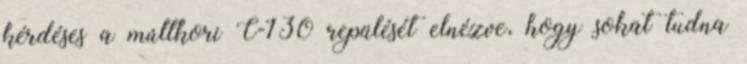
kérdéses a múltkori C-130 repülését elnézve, hogy sokat tudna